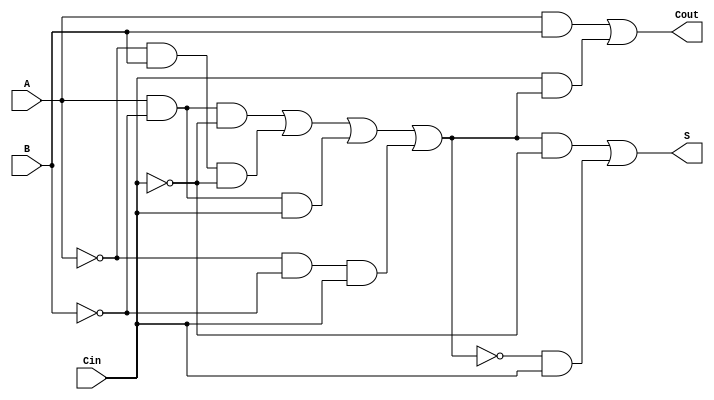
module TransmissionGateFullAdder (
    input wire A,      // First input bit
    input wire B,      // Second input bit
    input wire Cin,    // Carry-in bit
    output wire S,     // Sum output
    output wire Cout   // Carry-out output
);

    // Internal wires for intermediate signals
    wire A_B_XOR;      // Intermediate signal for A XOR B
    wire A_and_B;      // Carry signal for A AND B
    wire Cin_and_A_B_XOR; // Carry signal for Cin AND (A XOR B)
    
    // Transmission Gates Implementation
    // XOR Implementation for sum (S)
    assign A_B_XOR = (A & ~B & ~Cin) | (~A & B & ~Cin) | (A & ~B & Cin) | (~A & ~B & Cin);
    
    // Final sum output S
    assign S = (A_B_XOR & ~Cin) | (~A_B_XOR & Cin);

    // AND Implementation for Cout
    assign A_and_B = A & B; // A AND B

    // Intermediate value for (A XOR B) AND Cin
    assign Cin_and_A_B_XOR = Cin & A_B_XOR; // Cin AND (A XOR B)

    // Final carry-out output Cout
    assign Cout = A_and_B | Cin_and_A_B_XOR; // (A AND B) OR (Cin AND (A XOR B))

endmodule